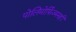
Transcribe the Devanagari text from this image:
पोलिमोर्फ़िज्मनहीं